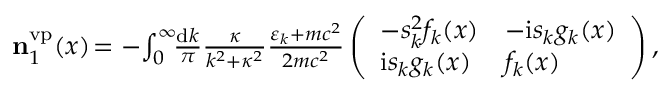
\begin{array} { r } { \ensuremath { \mathbf { n } } _ { 1 } ^ { \ensuremath { \mathrm { v p } } } ( x ) \! = - \! \int _ { 0 } ^ { \infty } \! \! \frac { \ensuremath { \mathrm { d } } k } { \pi } \frac { \kappa } { k ^ { 2 } + \kappa ^ { 2 } } \frac { \varepsilon _ { k } + m c ^ { 2 } } { 2 m c ^ { 2 } } \left( \begin{array} { l l } { - s _ { k } ^ { 2 } f _ { k } ( x ) } & { - \ensuremath { \mathrm { i } } s _ { k } g _ { k } ( x ) } \\ { \ensuremath { \mathrm { i } } s _ { k } g _ { k } ( x ) } & { f _ { k } ( x ) } \end{array} \right) , \; \; } \end{array}